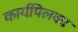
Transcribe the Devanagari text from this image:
कार्यपिलका